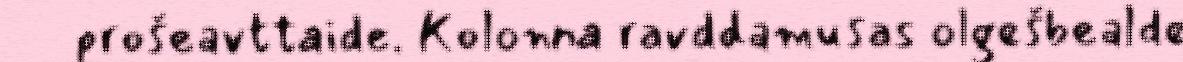
prošeavttaide. Kolonna ravddamusas olgešbealde